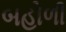
બહોળી